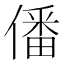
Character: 僠